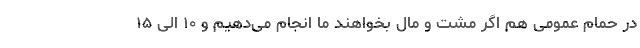
در حمام عمومی هم اگر مشت و مال بخواهند ما انجام می‌دهیم و ۱۰ الی ۱۵